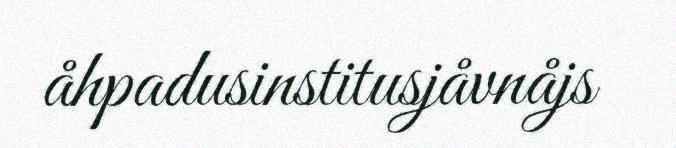
åhpadusinstitusjåvnåjs